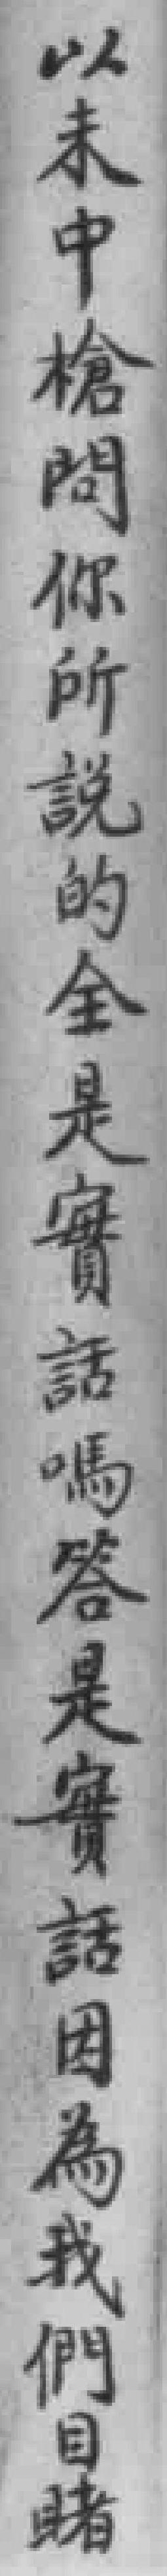
以未中槍問你所說的全是實話嗎答是實話因為我們目賭